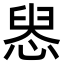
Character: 惥